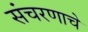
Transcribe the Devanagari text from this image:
संचरणाचे